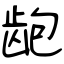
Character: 龅